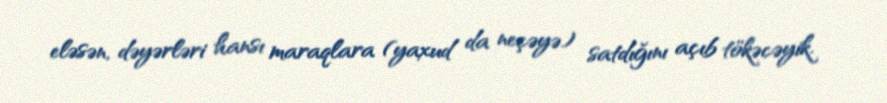
eləsən, dəyərləri hansı maraqlara (yaxud da neçəyə) satdığını açıb tökəcəyik.